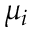
\mu _ { i }